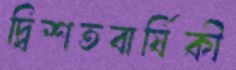
দ্বিশতবার্ষিকী